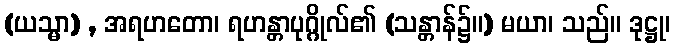
(ယသ္မာ) , အရဟတော၊ ရဟန္တာပုဂ္ဂိုလ်၏ (သန္တာန်၌။) မယာ၊ သည်။ ဒုဋ္ဌု၊